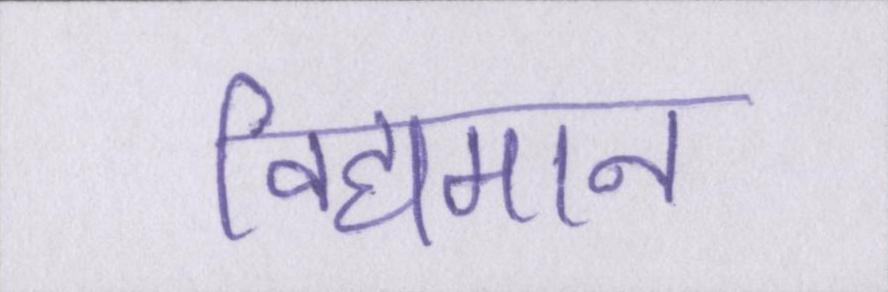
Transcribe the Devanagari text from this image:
विद्यमान